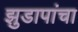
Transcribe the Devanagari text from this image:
झुडापांचा